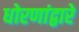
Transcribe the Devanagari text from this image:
धोरणांद्वारे